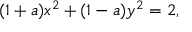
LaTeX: ( 1 + a ) x ^ { 2 } + ( 1 - a ) y ^ { 2 } = 2 ,